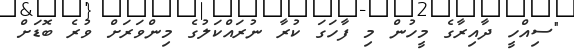
"ސިއްހީ ދާއިރާގެ މީހުން މި ފާހަގަ ކުރާ ނުރައްކަލުގެ މިންވަރަށް ވުރެ ބޮޑަށް